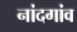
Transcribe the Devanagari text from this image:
नांदगांव